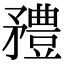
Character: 𥎓